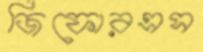
জিফোরএস